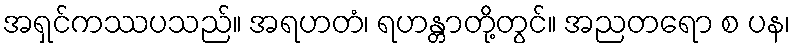
အရှင်ကဿပသည်။ အရဟတံ၊ ရဟန္တာတို့တွင်။ အညတရော စ ပန၊